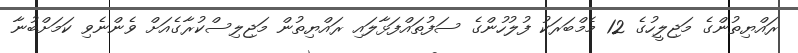
ރައްޔިތުންގެ މަޖިލީހުގެ 12 މެމްބަރަކު ފުލުހުންގެ ސަފުތައްފަޅާލައި ރައްޔިތުން މަޖިލިސްކުރާގެއަށް ވެންނެވި ކަމަށްބުނާ